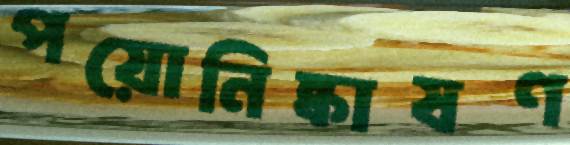
পয়োনিষ্কাষণ